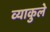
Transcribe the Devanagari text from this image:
व्याकुले